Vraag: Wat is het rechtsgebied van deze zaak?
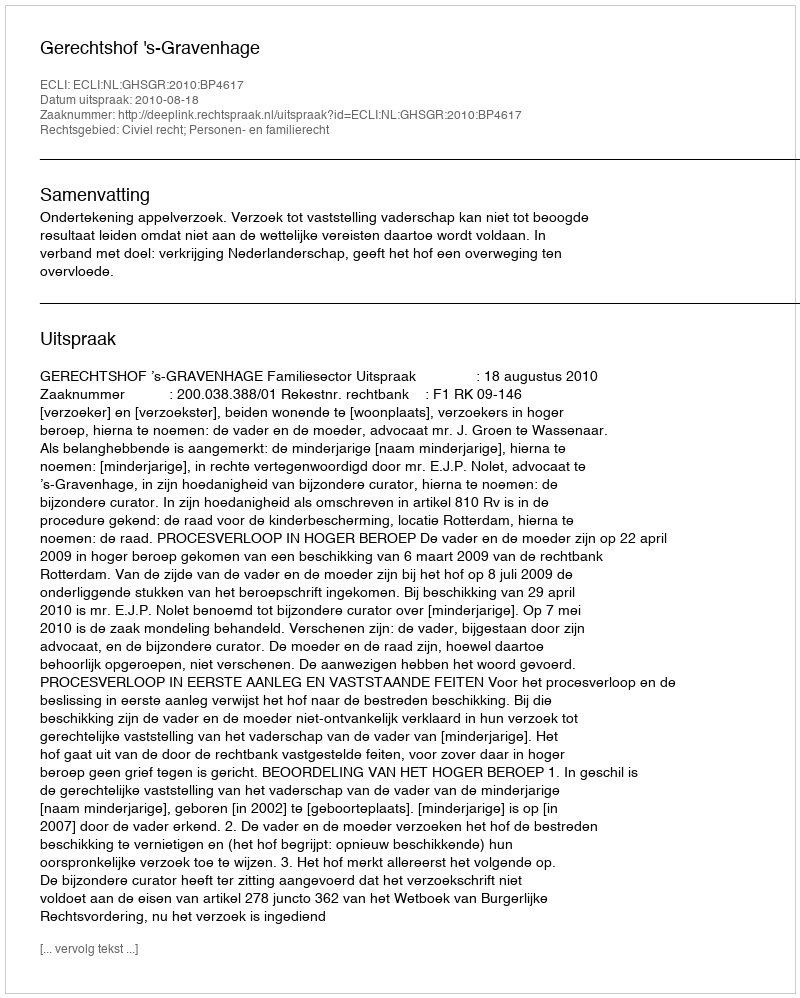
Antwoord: Civiel recht; Personen- en familierecht